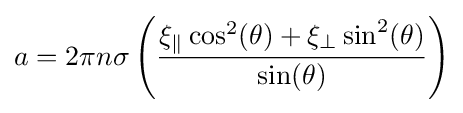
a=2\pi n\sigma \left({\frac {\xi _{\parallel }\cos ^{2}(\theta )+\xi _{\perp }\sin ^{2}(\theta )}{\sin(\theta )}}\right)